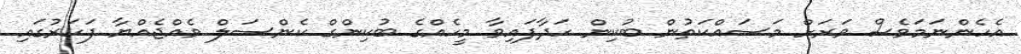
އެހެންނަމަވެސް ވަރަށް މަސައްކަތުން ބުކިން ހަދާފައިވާ މީހެއްގެ ބުކިންގް ކެންސަލް ވެއްޖެއްޔާ ފަހަރުގައި